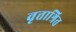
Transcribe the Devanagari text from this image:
वृत्ताश्रित